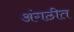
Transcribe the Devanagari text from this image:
अंगठीत